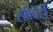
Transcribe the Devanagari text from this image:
स्त्रीचेही